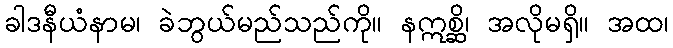
ခါဒနီယံနာမ၊ ခဲဘွယ်မည်သည်ကို။ နဣစ္ဆိ၊ အလိုမရှိ။ အထ၊